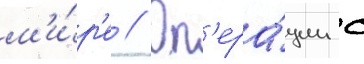
м'и́р'е // Оп'ера́ции с